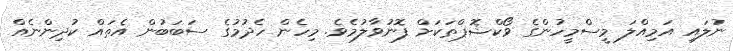
ނުލައި އަމިއްލަ މީސްމީހުންގެ ވޯކްޝޮޕްތަކަށް ފޮނުވާލުމެވެ. މިހެން ހެދުމުގެ ސަބަބުން އެތައް ކުދިންނެއް